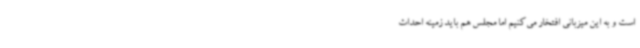
است و به این میزبانی افتخار می‌کنیم اما مجلس هم باید زمینه احداث